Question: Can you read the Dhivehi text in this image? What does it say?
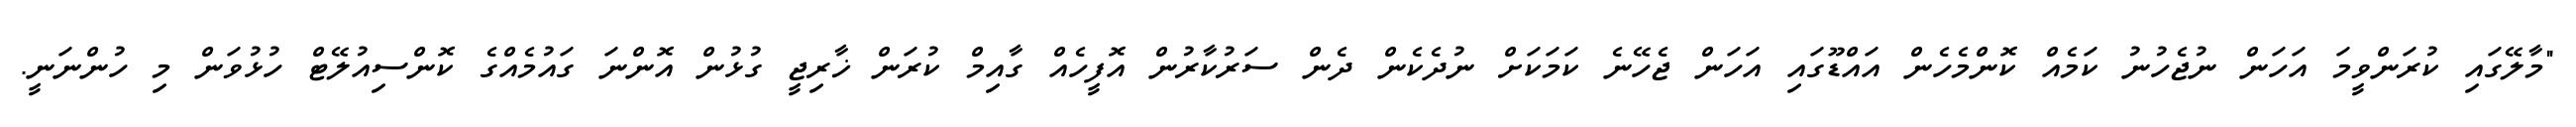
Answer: "މާލޭގައި ކުރަންވީމަ އަހަން ނުޖެހުނު ކަމެއް ކޮންމެހެން އައްޑޫގައި އަހަން ޖެހޭނެ ކަމަކަށް ނުދެކެން ދެން ސަރުކާރުން އޮފީހެއް ގާއިމް ކުރަން ޚާރިޖީ ގުޅުން އޮންނަ ގައުމެއްގެ ކޮންސިއުލޭޓް ހުޅުވަން މި ހުންނަނީ.